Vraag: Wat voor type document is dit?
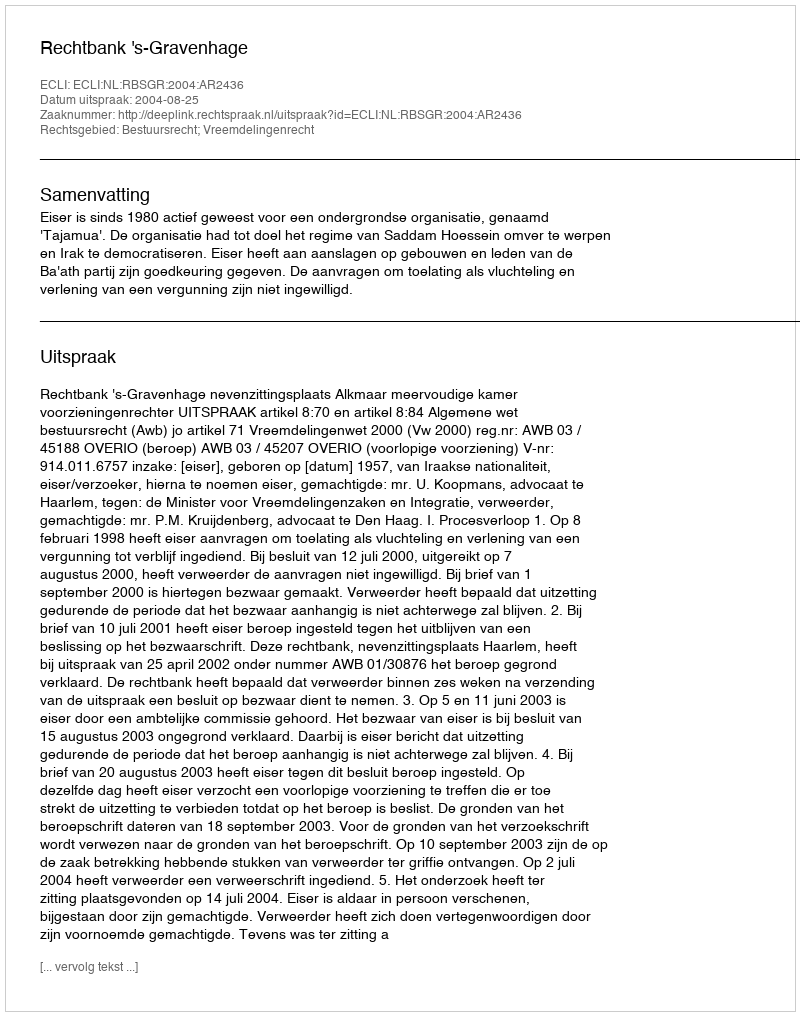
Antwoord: Uitspraak